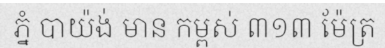
ភ្នំ បាយ៉ង់ មាន កម្ពស់ ៣១៣ ម៉ែត្រ